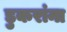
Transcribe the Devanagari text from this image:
डुकरांना